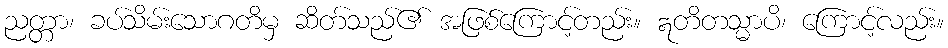
ညတ္တာ၊ ခပ်သိမ်းသောဂတိမှ ဆိတ်သည်၏ အဖြစ်ကြောင့်တည်း။ ဣတိတသ္မာပိ၊ ကြောင့်လည်း။